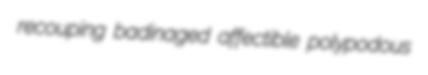
recouping badinaged affectible polypodous